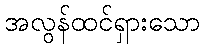
အလွန်ထင်ရှားသော